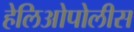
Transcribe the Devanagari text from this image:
हेलिओपोलीस